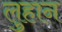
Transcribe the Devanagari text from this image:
लुहान